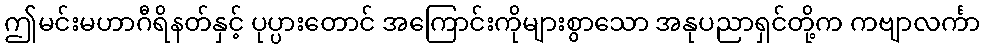
ဤမင်းမဟာဂီရိနတ်နှင့် ပုပ္ပားတောင် အကြောင်းကိုများစွာသော အနုပညာရှင်တို့က ကဗျာလင်္ကာ